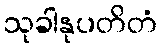
သုခါနုပတိတံ